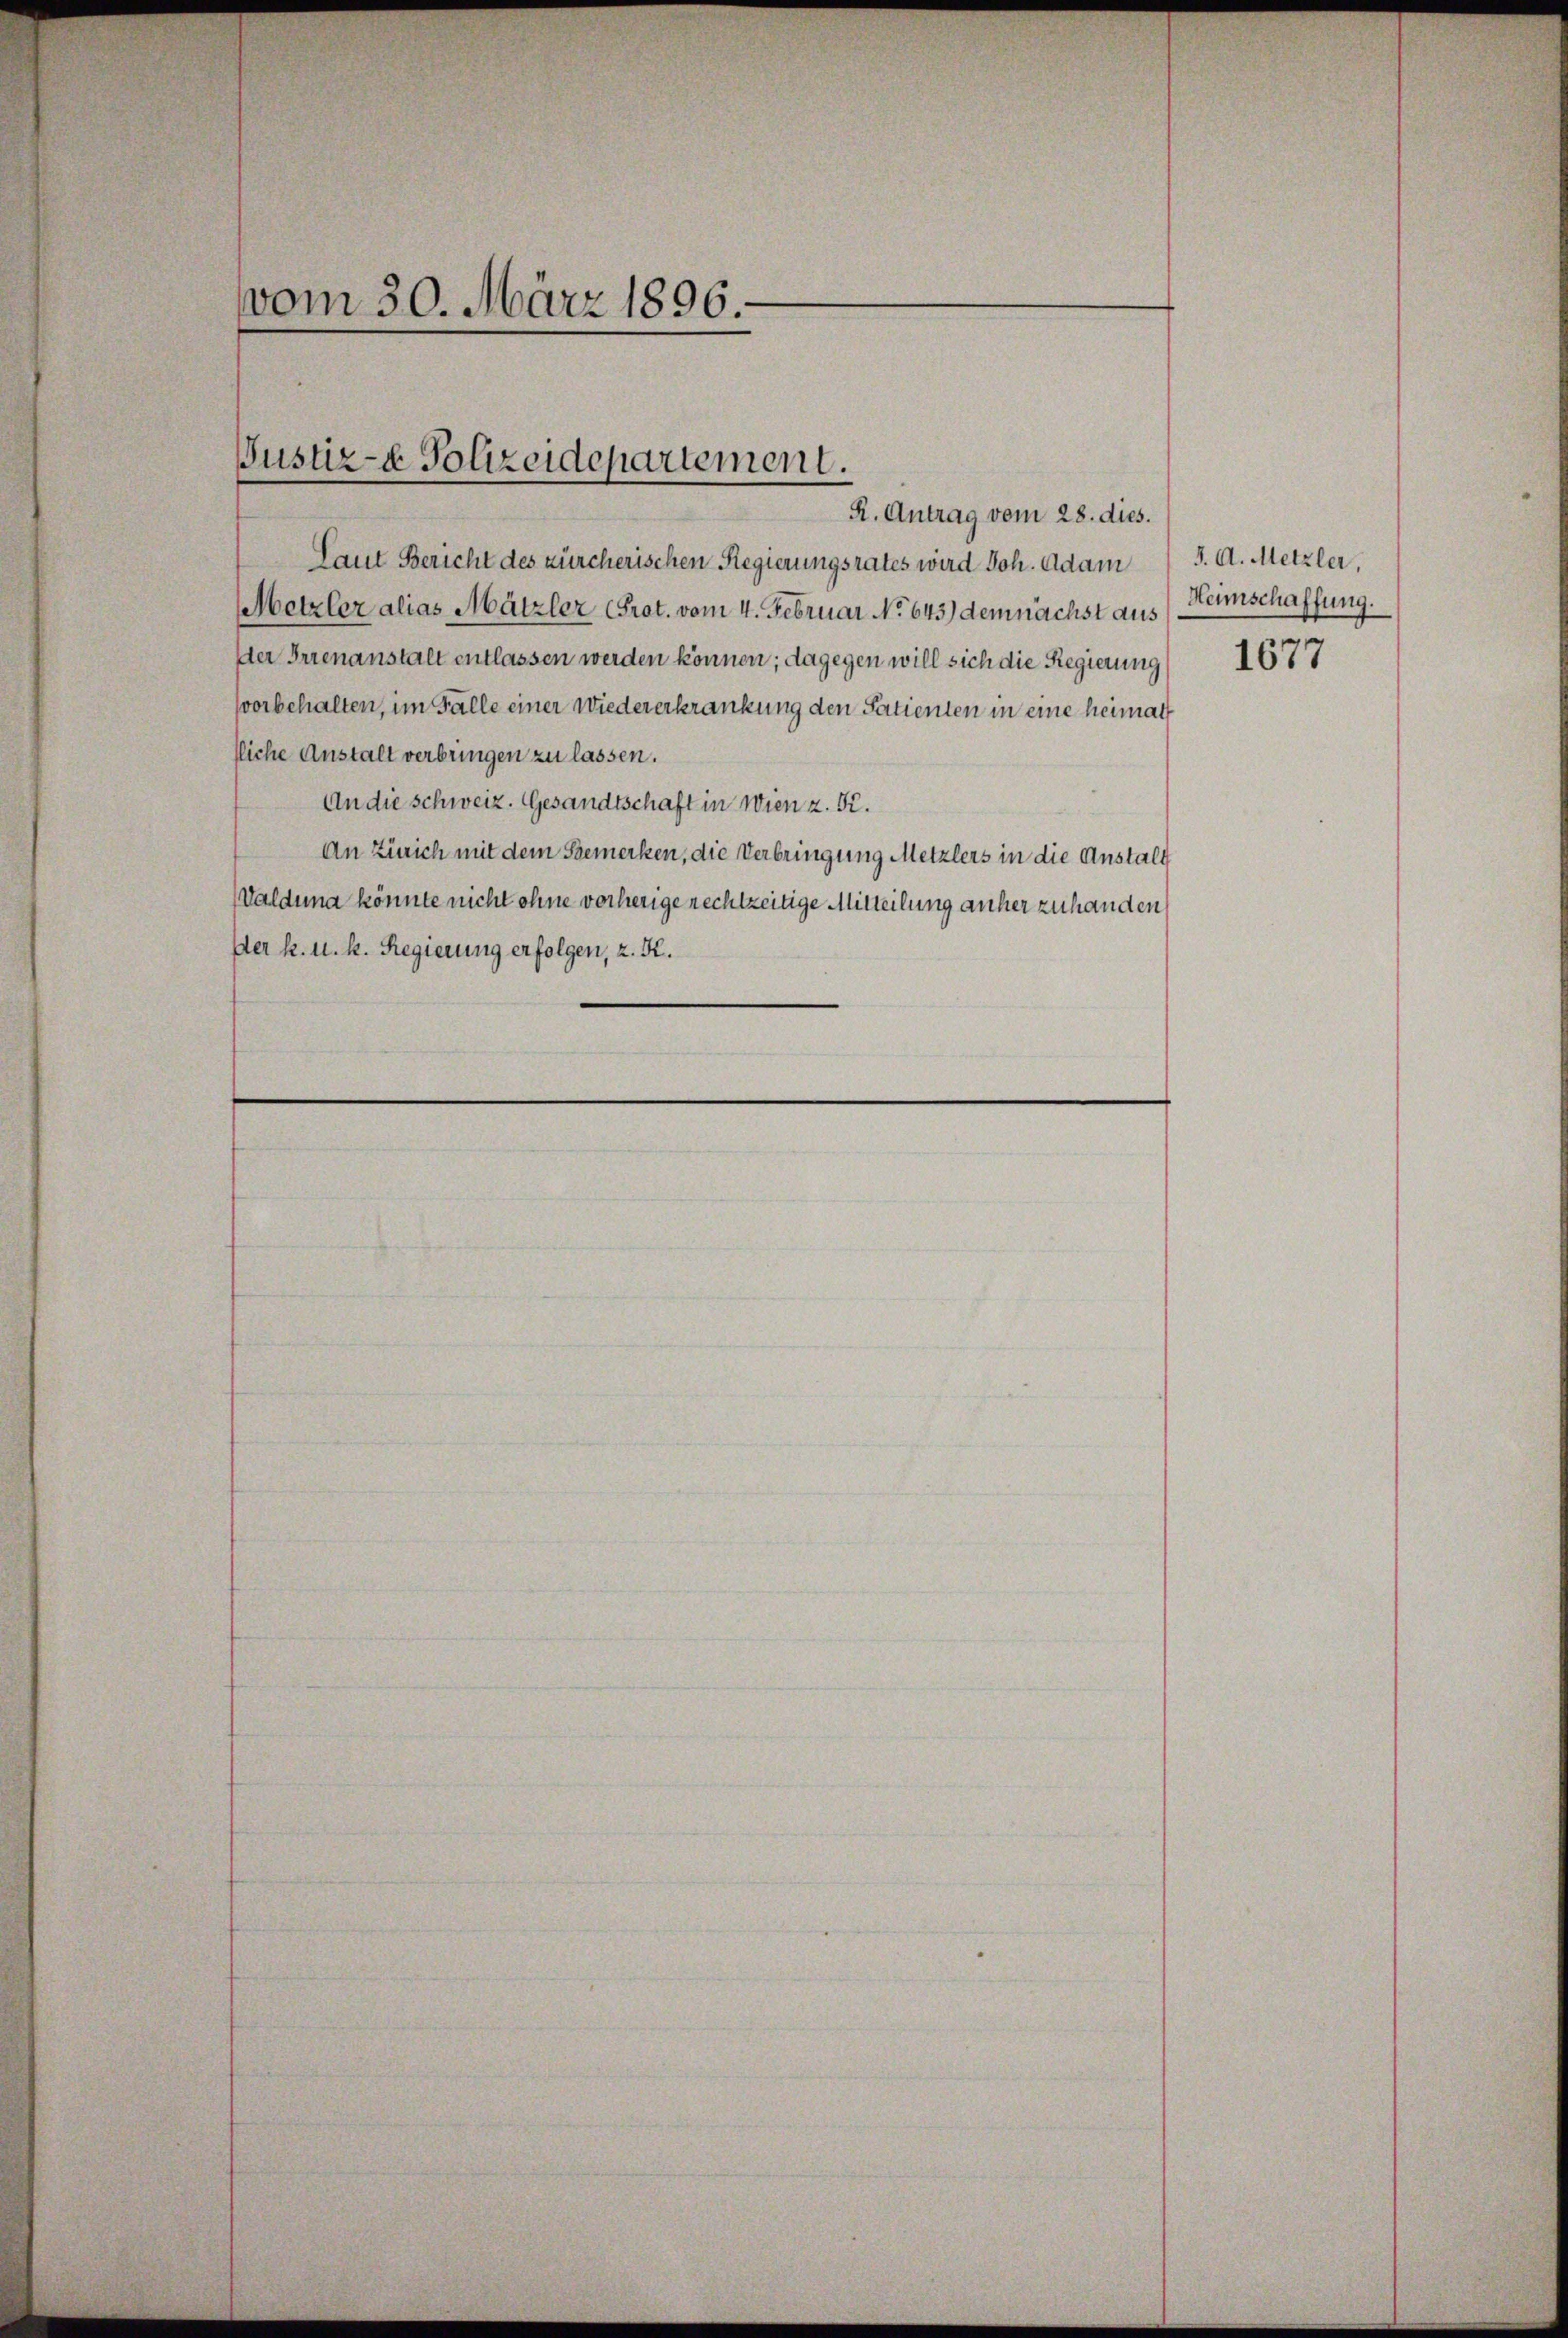
vom 30. März 1896.

Laut Bericht des zürcherischen Regierungsrates wird Joh. Adam J. A. Metzler,
Metzler alias Mätzler (Prot. vom 4. Februar No 643.) demnächst aus) Heimschaffung.
Der Irrenanstalt entlassen werden können; dagegen will sich die Regierung
vorbehalten, im Falle einer Wiedererkrankung den Patienten in eine heimath
lliche Anstalt verbringen zu lassen.
An die schweiz. Gesandtschaft in Wien z. B.
An Zürich mit dem Semerken, die Verbringung Metzlers in die Anstalt
Valdung könnte nicht ohne vorherige rechtzeitige Mitteilung anher zuhanden
Der k. u. k. Regierung erfolgen, z. K.

Justiz- & Polizeidepartement.
R. Antrag vom 28. dies.

1677